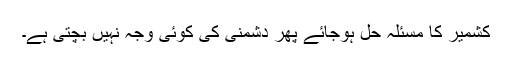
کشمیر کا مسئلہ حل ہوجائے پھر دشمنی کی کوئی وجہ نہیں بچتی ہے۔